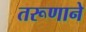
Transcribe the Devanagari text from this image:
तरूणाने